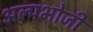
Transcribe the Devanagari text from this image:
अल्पभोजी